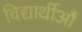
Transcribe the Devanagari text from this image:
विद्यार्थीऔं